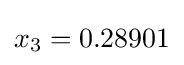
x_{3}=0.28901